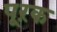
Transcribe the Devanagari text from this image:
पूऱक